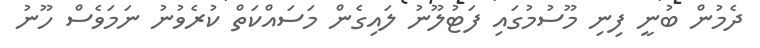
ދެމުން ބުނީ ފިނި މޫސުމުގައި ފަޓުލޫނު ލައިގެން މަސައްކަތް ކުރެވުނު ނަމަވެސް ހޫނު